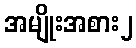
အမျိုးအစား၂